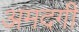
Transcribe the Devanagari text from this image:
अमदगी